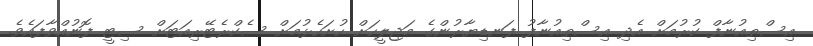
އިސްތިއުނާފް ކުރުމަށް އެދި އިސްތިއުނާފު ފަނޑިޔާރުންގެ މަޖިލީހަށް ހުށަހެޅުމަށް ސެކްރެޓޭރިއަޓަށް ސިޓީ ފޮނުއްވާފައެވެ.